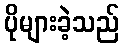
ပိုများခဲ့သည်